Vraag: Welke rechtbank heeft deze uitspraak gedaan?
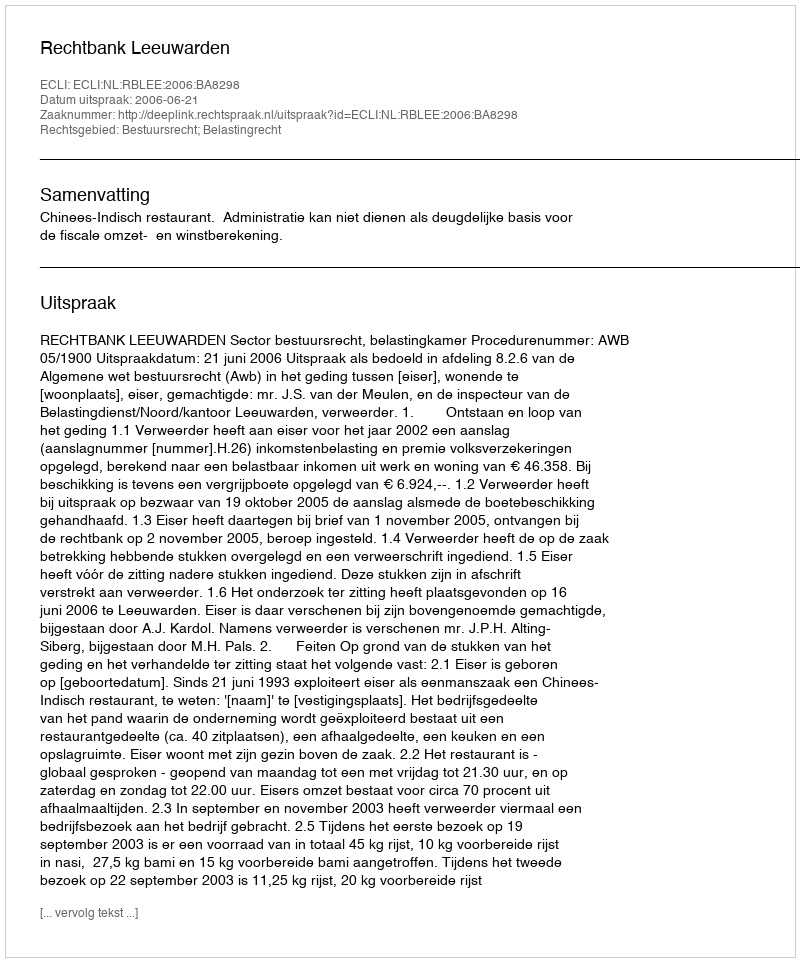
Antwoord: Rechtbank Leeuwarden